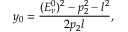
y _ { 0 } = \frac { ( { E _ { \nu } ^ { 0 } } ) ^ { 2 } - p _ { 2 } ^ { 2 } - l ^ { 2 } } { 2 p _ { 2 } l } ,